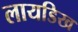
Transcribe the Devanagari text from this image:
लायडिख